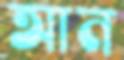
আন